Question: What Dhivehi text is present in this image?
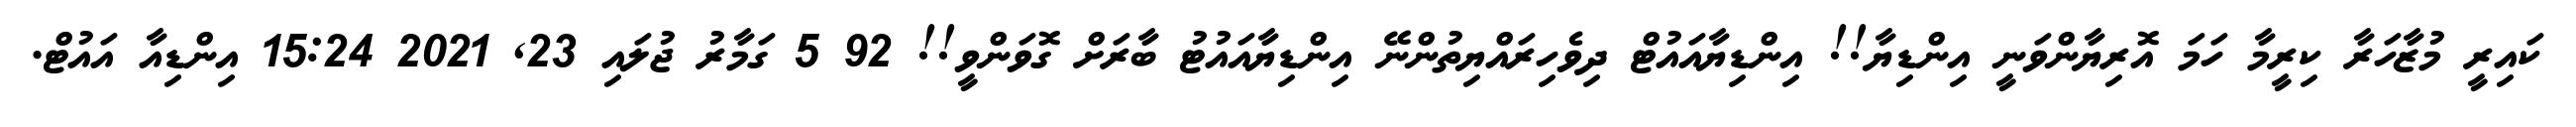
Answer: ކައިރީ މުޒާހަރާ ކިރީމާ ހަމަ އޮރިޔާންވަނީ އިންޑިޔާ!! އިންޑިޔާއައުޓް ދިވެހިރައްޔިތުންނޭ އިންޑިޔާއައުޓު ބާރަށް ގޮވަންވީ!! 92 5 ގަމާރު ޖުލައި 23, 2021 15:24 އިންޑިއާ އައުޓް.